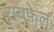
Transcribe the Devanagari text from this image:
रायफेल